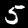
Digit: 5